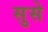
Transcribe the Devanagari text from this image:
सुसे